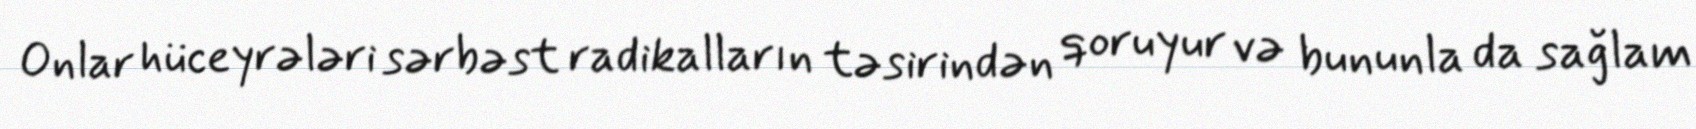
Onlar hüceyrələri sərbəst radikalların təsirindən qoruyur və bununla da sağlam